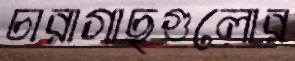
চারাগাছগুলোর